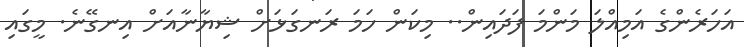
އަހަރެންގެ އަމިއްލަ މަންމަ ފަދައިން.. މިކަން ހަމަ ރަނގަޅަށް ޝިޔާނާއަށް އިނގޭނެ. މީގައި